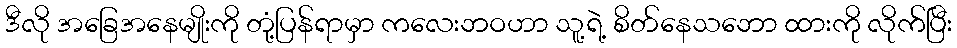
ဒီလို အခြေအနေမျိုးကို တုံ့ပြန်ရာမှာ ကလေးဘဝဟာ သူ့ရဲ့ စိတ်နေသဘော ထားကို လိုက်ပြီး